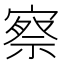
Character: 察